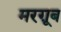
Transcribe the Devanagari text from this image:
मरग़ूब